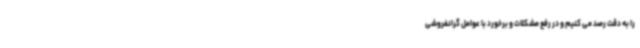
را به دقت رصد می کنیم و در رفع مشکلات و برخورد با عوامل گرانفروشی